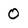
Character: O